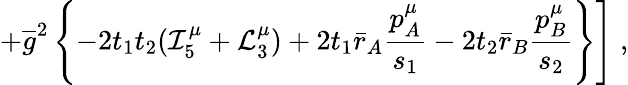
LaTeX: \left.+\overline{{g}}^{2}\left\{ -2t_{1}t_{2}({\cal I}_{5}^{\mu}+{\cal L}_{3}^{\mu})+2t_{1}\bar{r}_{A}\frac{p_{A}^{\mu}}{s_{1}}-2t_{2}\bar{r}_{B}\frac{p_{B}^{\mu}}{s_{2}}\right\} \right]\; ,